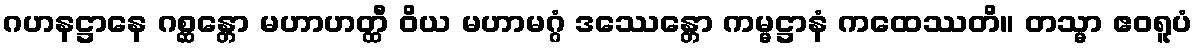
ဂဟနဋ္ဌာနေ ဂစ္ဆန္တော မဟာဟတ္ထီ ဝိယ မဟာမဂ္ဂံ ဒဿေန္တော ကမ္မဋ္ဌာနံ ကထေဿတိ။ တသ္မာ ဧဝရူပံ